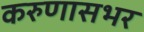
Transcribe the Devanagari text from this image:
करुणासभर